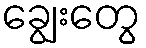
ချွေးတွေ